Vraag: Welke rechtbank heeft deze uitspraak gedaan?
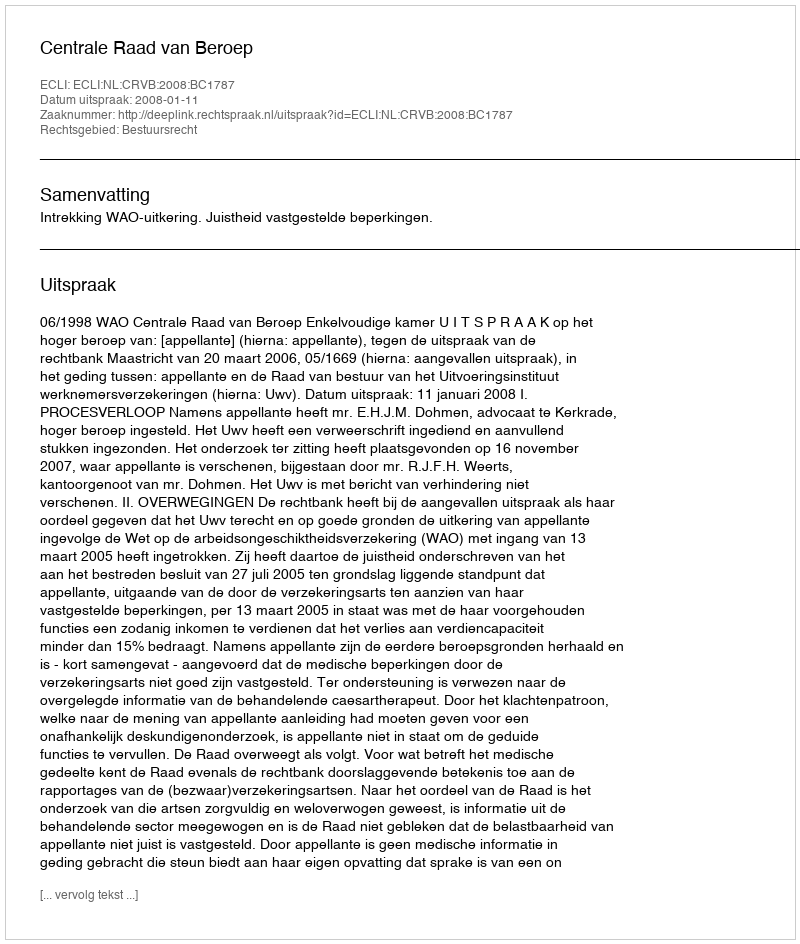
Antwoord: Centrale Raad van Beroep